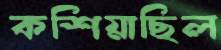
কশিয়াছিল